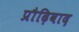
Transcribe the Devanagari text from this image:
प्रौढ़िवाद